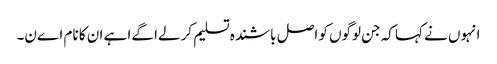
انہوں نے کہا کہ جن لوگوں کو اصل باشندہ تسلیم کر لےا گےا ہے ان کا نام اےن۔